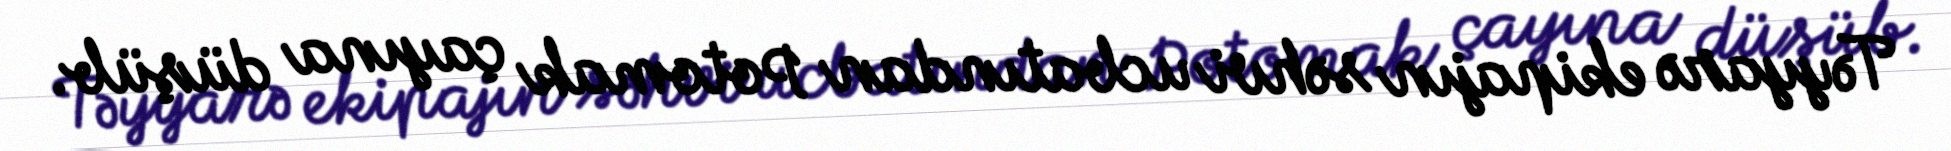
Təyyarə ekipajın səhvi ucbatından Potomak çayına düşüb.